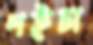
পইচা